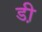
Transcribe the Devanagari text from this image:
डी़